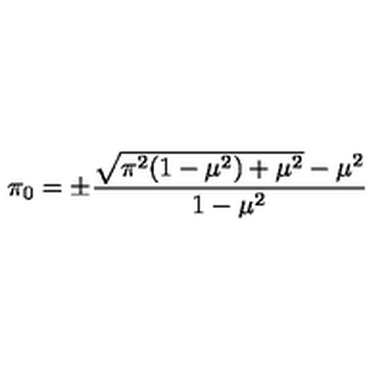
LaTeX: \pi _ { 0 } = \pm \frac { \sqrt { \pi ^ { 2 } ( 1 - \mu ^ { 2 } ) + \mu ^ { 2 } } - \mu ^ { 2 } } { 1 - \mu ^ { 2 } }